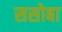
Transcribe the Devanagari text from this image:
ससोबा